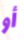
أو